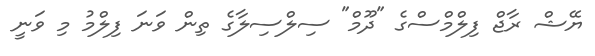
ޔޭޝް ރާޖް ފިލްމްސްގެ "ދޫމް" ސިލްސިލާގެ ތިން ވަނަ ފިލްމު މި ވަނީ